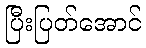
ပြီးပြတ်အောင်